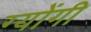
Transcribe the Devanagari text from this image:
ग्योंगी